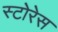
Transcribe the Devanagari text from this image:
स्टोरेस